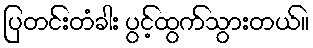
ပြတင်းတံခါး ပွင့်ထွက်သွားတယ်။